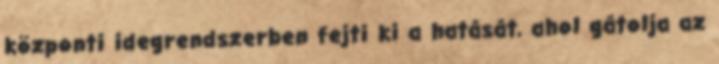
központi idegrendszerben fejti ki a hatását, ahol gátolja az